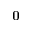
\mathbf { 0 }